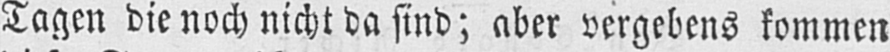
Tagen die noch nicht da sind; aber vergebens kommen